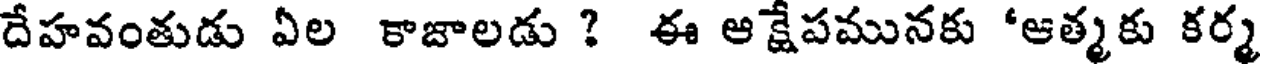
దేహవంతుడు ఏల కాజాలడు ? ఈ ఆక్షేపమునకు 'ఆత్మకు కర్మ